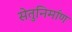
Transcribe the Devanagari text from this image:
सेतुनिर्माण